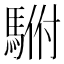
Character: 𱄡